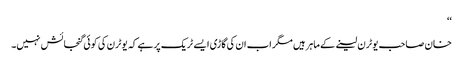
‘‘
خان صاحب یوٹرن لینے کے ماہر ہیں مگر اب ان کی گاڑی ایسے ٹریک پر ہے کہ یوٹرن کی کوئی گنجائش نہیں۔